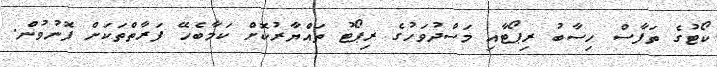
ކޯޓުގެ ތަފާސް ހިސާބު ރިޕޯޓާއި މަސްދުވަހުގެ ރިޕޯޓު ތައްޔާރުކޮށް ކަމާބެހޭ ފަރާތްތަކަށް ފޮނުވުން.